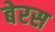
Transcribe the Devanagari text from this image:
बेरस